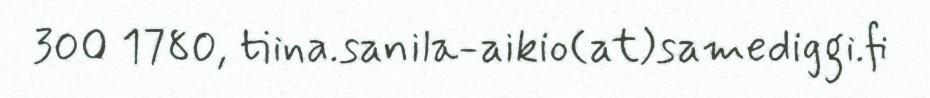
300 1780, tiina.sanila-aikio(at)samediggi.fi